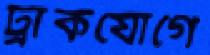
ট্রাকযোগে